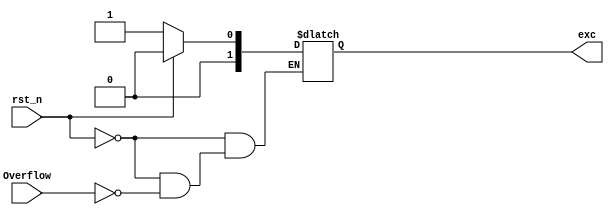
`timescale 1ns / 1ps
/*
    exception handle unit
    
    only overflow exception is handled
*/

module EXHU(
    input rst_n,
    input Overflow,
    output reg [1:0] exc
    );

always @*
begin
    if(rst_n)
        exc = 0;
    else
        if(Overflow)
            exc = 2'b01;
end
endmodule